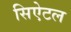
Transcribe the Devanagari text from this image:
सिऐटल